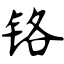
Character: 铬